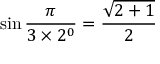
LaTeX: \sin { \frac { \pi } { 3 \times 2 ^ { 0 } } } = { \frac { \sqrt { 2 + 1 } } { 2 } }